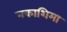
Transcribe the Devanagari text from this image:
नकाशिमा